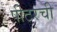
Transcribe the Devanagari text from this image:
पीटरची